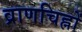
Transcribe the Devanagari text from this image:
व्राणचिह्नों